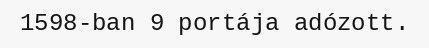
1598-ban 9 portája adózott.